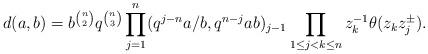
LaTeX: \begin{align*}d(a,b)=b^{\binom n2}q^{\binom n3}\prod_{j=1}^n(q^{j-n}a/b,q^{n-j}ab)_{j-1}\prod_{1\leq j<k\leq n}z_k^{-1}\theta(z_kz_j^\pm). \end{align*}